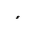
Letter: _hamza